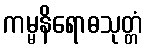
ကမ္မနိရောဓသုတ္တံ